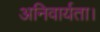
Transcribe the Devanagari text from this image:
अनिवार्यता।